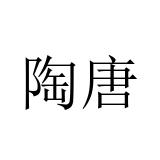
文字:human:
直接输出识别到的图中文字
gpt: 陶唐